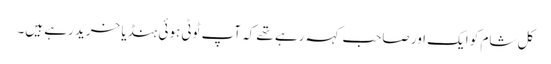
کل شام کو ایک اور صاحب کہہ رہے تھے کہ آپ ٹوٹی ہوئی ہنڈیا خرید رہے ہیں۔